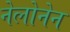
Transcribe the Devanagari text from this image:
नेलोनेन